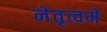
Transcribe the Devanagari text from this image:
नेतृत्वमे